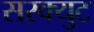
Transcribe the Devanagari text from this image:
सरक्युट